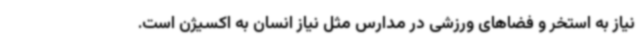
نیاز به استخر و فضاهای ورزشی در مدارس مثل نیاز انسان به اکسیژن است.